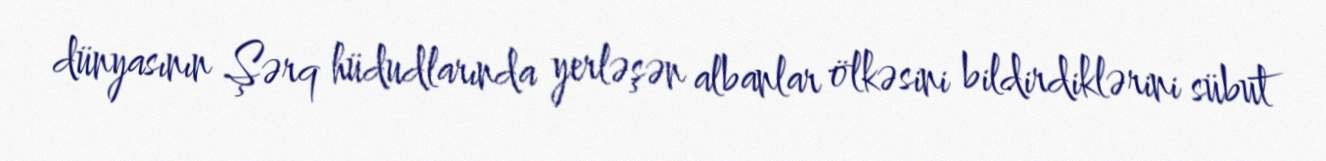
dünyasının Şərq hüdudlarında yerləşən albanlar ölkəsini bildirdiklərini sübut